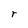
Character: r